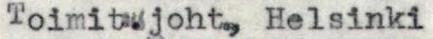
Toimit.joht., Helsinki